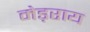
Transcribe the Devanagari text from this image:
मेड़राय